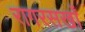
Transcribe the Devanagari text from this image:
रागरसखाँ